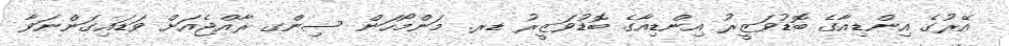
އޭރުގެ އިންޑިއާގެ ބޮޑުވަޒީރު އިންޑިއާގެ ބޮޑުވަޒީރު ޑރ. މަންމޯހަން ސިންގ ރާއްޖެއަށް ވަޑައިގަންނަވާ